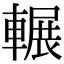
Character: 輾